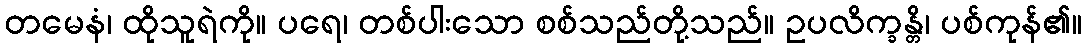
တမေနံ၊ ထိုသူရဲကို။ ပရေ၊ တစ်ပါးသော စစ်သည်တို့သည်။ ဥပလိက္ခန္တိ၊ ပစ်ကုန်၏။